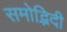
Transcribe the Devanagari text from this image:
समोद्भिदी